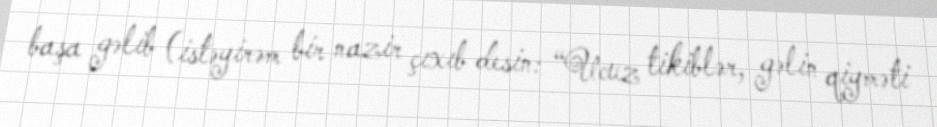
başa gəlib (istəyirəm bir nazir çıxıb desin: “Ucuz tikiblər, gəlin qiyməti